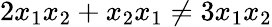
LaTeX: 2x_{1}x_{2}+x_{2}x_{1}\neq 3x_{1}x_{2}